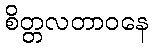
စိတ္တလတာဝနေ